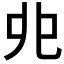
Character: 𠑹